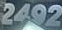
2492